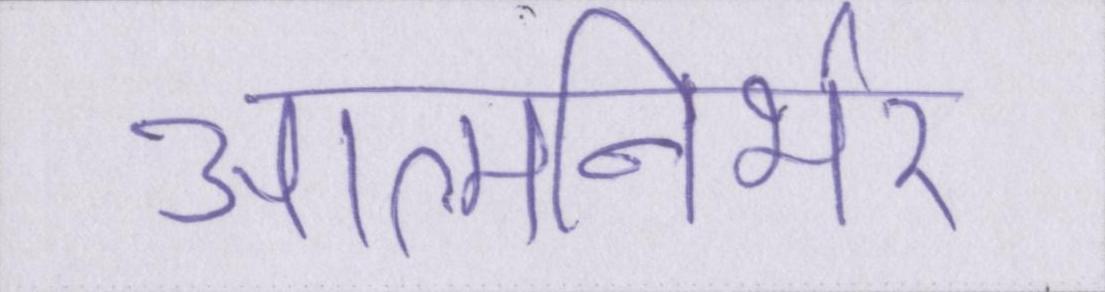
आत्मनिर्भर